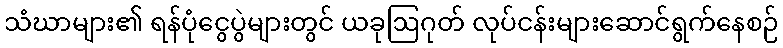
သံဃာများ၏ ရန်ပုံငွေပွဲများတွင် ယခုဩဂုတ် လုပ်ငန်းများဆောင်ရွက်နေစဉ်